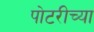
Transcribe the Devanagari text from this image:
पोटरीच्या